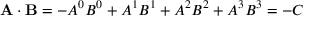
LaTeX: \mathbf { A } \cdot \mathbf { B } = - A ^ { 0 } B ^ { 0 } + A ^ { 1 } B ^ { 1 } + A ^ { 2 } B ^ { 2 } + A ^ { 3 } B ^ { 3 } = - C